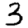
Digit: 3